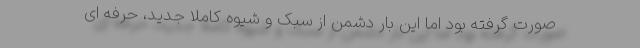
صورت گرفته بود اما این بار دشمن از سبک و شیوه کاملاً جدید، حرفه ای